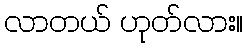
လာတယ် ဟုတ်လား။